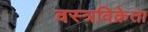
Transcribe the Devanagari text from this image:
वस्त्रविक्रेता